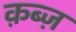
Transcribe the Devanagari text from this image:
क़ब्ज़